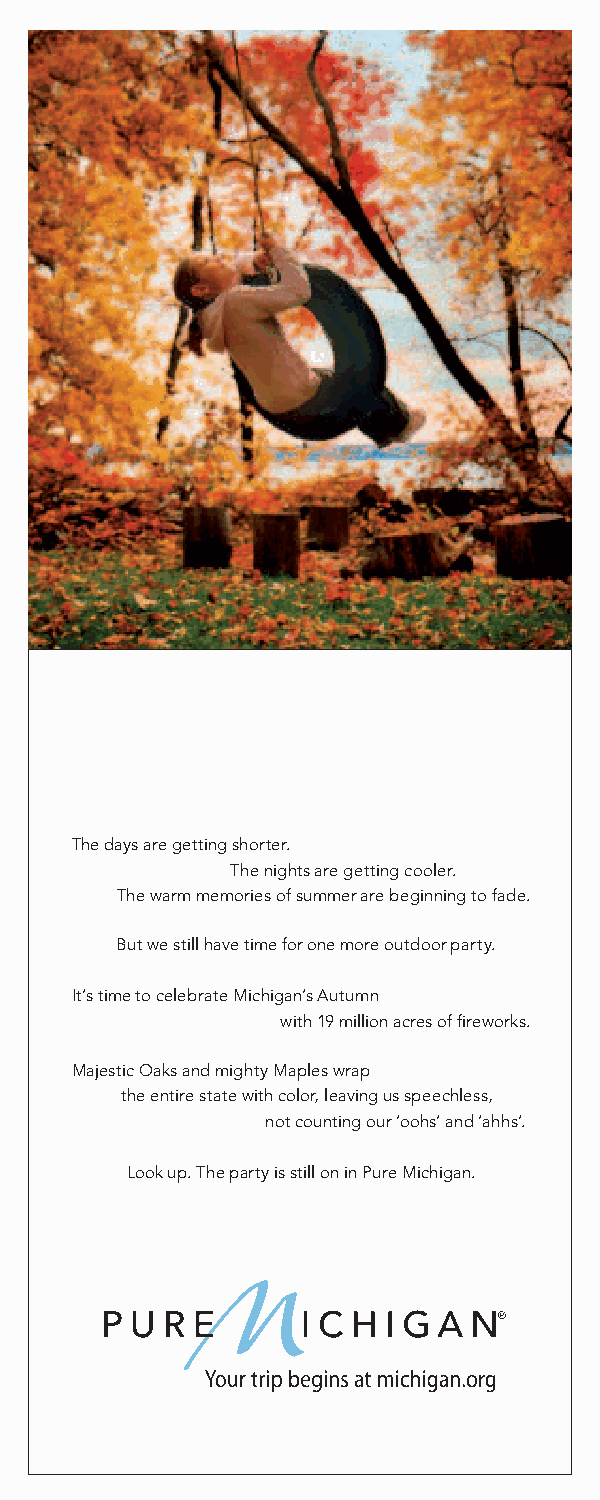
The days are getting shorter.
 The nights are getting cooler.
 The warm memories of summer are beginning to fade.
 But we still have time for one more outdoor party.
 It’s time to celebrate Michigan’s Autumn
 with 19 million acres of fi reworks.
 Majestic Oaks and mighty Maples wrap
 the entire state with color, leaving us speechless,
 not counting our ‘oohs’ and ‘ahhs’.
 Look up. The party is still on in Pure Michigan.